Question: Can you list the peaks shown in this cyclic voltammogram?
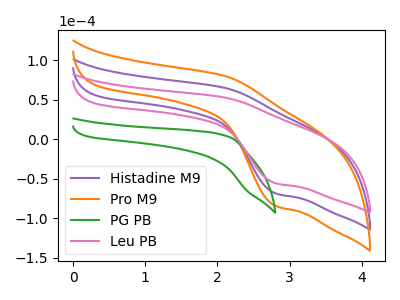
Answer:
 <answer>The purple curve "Histadine M9" has an anodic peak at (2.10V, 65.15uA) and a cathodic peak at (2.80V, -68.20uA). The orange curve "Pro M9" has an anodic peak at (2.10V, 130.30uA) and a cathodic peak at (2.80V, -136.45uA). The green curve "PG PB" has no peaks. The pink curve "Leu PB" has an anodic peak at (2.10V, 52.90uA) and a cathodic peak at (2.80V, -55.40uA).</answer>
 <eval></eval>